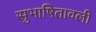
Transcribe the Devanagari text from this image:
सुभाषितावली